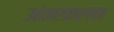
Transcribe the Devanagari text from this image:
अंतरकलन